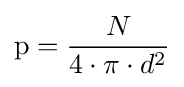
{\mbox{p}}={\frac {N}{4\cdot \pi \cdot d^{2}}}